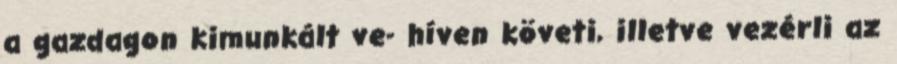
a gazdagon kimunkált ve- híven követi, illetve vezérli az